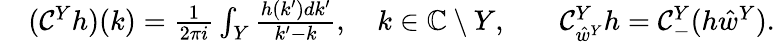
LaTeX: \begin{array}{rlrl}&{(\mathcal{C}^{Y}h)(k)=\frac{1}{2\pi i}\int_{Y}\frac{h(k^{\prime})dk^{\prime}}{k^{\prime}-k},\quad k\in\mathbb{C}\setminus Y,}&&{\mathcal{C}_{\hat{w}^{Y}}^{Y}h=\mathcal{C}_{-}^{Y}(h\hat{w}^{Y}).}\end{array}